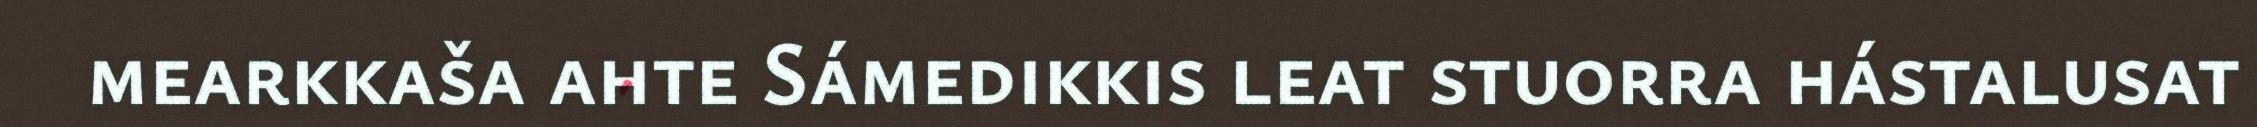
mearkkaša ahte Sámedikkis leat stuorra hástalusat